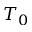
T _ { 0 }